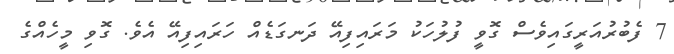
7 ފެބުރުއަރީގައިވެސް ގޮވީ ފުލުހަކު މަރައިފިއޭ ދަނގަޑެއް ހަރައިފިއޭ އެވެ. ގޮވި މީހެއްގެ